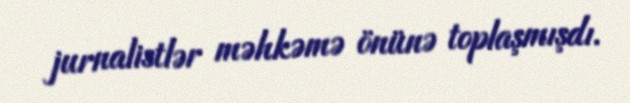
jurnalistlər məhkəmə önünə toplaşmışdı.